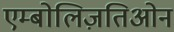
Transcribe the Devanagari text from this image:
एम्बोलिज़तिओन